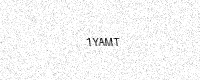
Text: 1YAMT